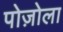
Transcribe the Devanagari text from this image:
पोज़ोला